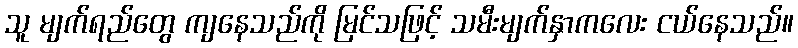
သူ မျက်ရည်တွေ ကျနေသည်ကို မြင်သဖြင့် သမီးမျက်နှာကလေး ငယ်နေသည်။